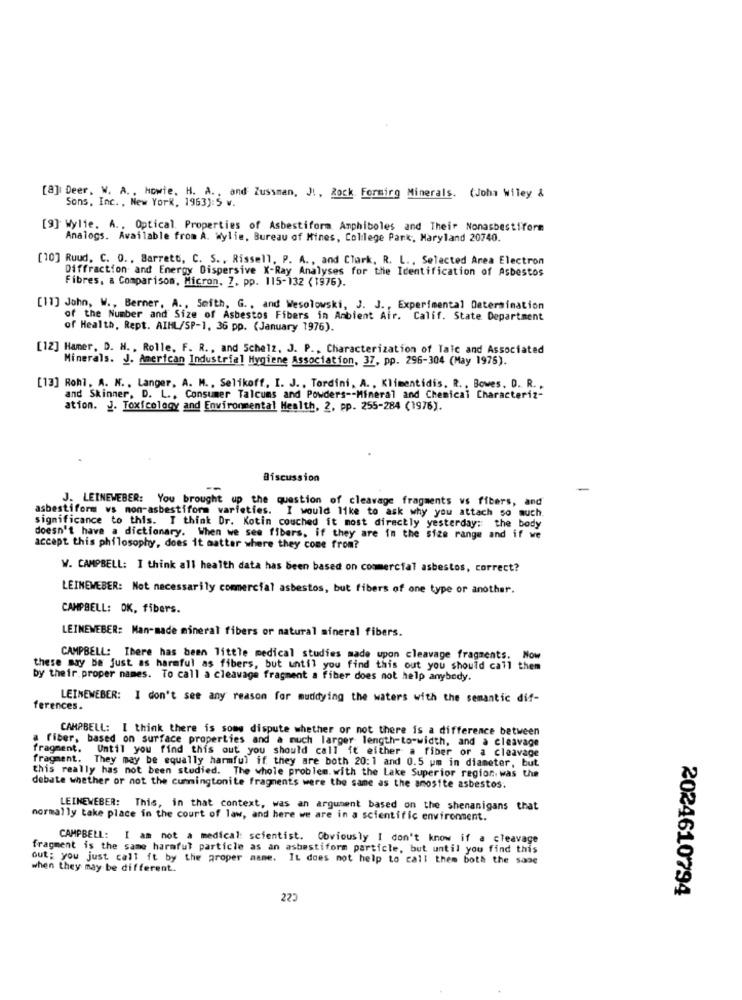
[a] Deer. W. A ., Howie, H. A ., and Zussman, J ., Rock Forming Minerals. (John Wiley &
Sons, Inc. , New York, 1963): 5 w.
[9] Wylie. A ., Optical Properties of Asbestiform Amphiboles and Their Nonasbestiform
Analogs. Available from A. Wylie, Bureau of Mines, College Park, Maryland 20740.
[10] Ruud. C. O ., Barrett, C. S ., Rissell, P. A ., and Clark, R. L ., Selected Area Electron
Diffraction and Energy Dispersive X-Ray Analyses for the Identification of Asbestos
Fibres, a Comparison, Micron, 7, pp. 115-132 (1976).
[11] John, W ., Berner, A ., Seith, G ., and Wesolowski, J. J ., Experimental Determination
of the Number and Size of Asbestos Fibers in Ambient Air. Calif. State Department
of Health, Rept. AIHL/SP-1, 36 pp. (January 1976).
[12] Hamer, D. H. , Rolle, F. R ., and Schelz, J. P ., Characterization of Tale and Associated
Minerals. J. American Industrial Hygiene Association, 37, pp. 296-304 (May 1976).
[13] Rohl, A. N ., Langer, A. M ., Selikoff, I. J ., Tordini, A ., Klimentidis. R ., Bowes. D. R .,
and Skinner, D. L ., Consumer Talcums and Powders -- Mineral and Chemical Characteriz-
ation. J. Toxicology and Environmental Health, 2, pp. 255-284 (1976).
Discussion
--
J. LEINEWEBER: You brought up the question of cleavage fragments vs fibers, and
asbestiform vs mon-asbestiform varieties. I would like to ask why you attach so much.
significance to this. I think Dr. Kotin couched it most directly yesterday: the body
doesn't have a dictionary. When we see fibers, if they are in the size range and if we
accept this philosophy, does it matter where they come from?
W. CAMPBELL: I think all health data has been based on commercial asbestos, correct?
LEINEWEBER: Not necessarily commercial asbestos, but fibers of one type or another.
CAMPBELL: OK, fibers.
LEINEWEBER: Man-made mineral fibers or natural mineral fibers.
CAMPBELL: There has been little medical studies made upon cleavage fragments.
these may Be just as harmful as fibers, but until you find this out you should call them
by their.proper names. To call a cleavage fragment a fiber does not help anybody.
LEINEWEBER: I don't see any reason for muddying the waters with the semantic dif-
ferences.
CAMPBELL: I think there is some dispute whether or not there is a difference between
fiber, based on surface properties and a much larger length-to-width, and a cleavage
fragment.
Until you find this out you should call it either a fiber or a cleavage
fragment. They may be equally harmful if they are both 20:1 and 0.5 um in diameter, but
this really has not been studied. The whole problem. with the Lake Superior region. was the
debate whether or not the cummingtonite fragments were the same as the amosite asbestos.
LEINEWEBER: This, in that context, was an argument based on the shenanigans that
normally take place in the court of law, and here we are in a scientific environment.
CAMPBELL: I am not a medical: scientist. Obviously I don't know if a cleavage
fragment is the same harmful particle as an asbestiform particle, but until you find this
out: you just call ft by the groper mane. It does not help to call them both the sone
when they may be different.
225
2024610794